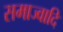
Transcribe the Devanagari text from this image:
समाज्वादि